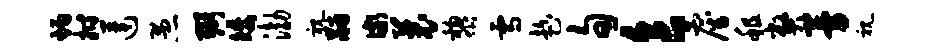
炳拊莲愚弼矮渤视黼儆曩黎雪趁旬食雇租弊曼视